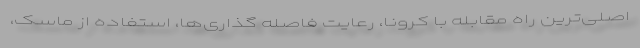
اصلی‌ترین راه مقابله با کرونا، رعایت فاصله گذاری‌ها، استفاده از ماسک،